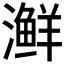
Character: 𰝟